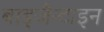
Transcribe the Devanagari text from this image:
बाइजैन्टाइन